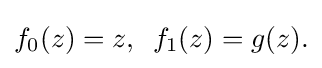
\displaystyle {f_{0}(z)=z,\,\,\,f_{1}(z)=g(z).}